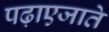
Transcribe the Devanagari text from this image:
पढ़ाएजाते